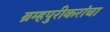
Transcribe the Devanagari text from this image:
ब्रम्हपुरीकरांचा